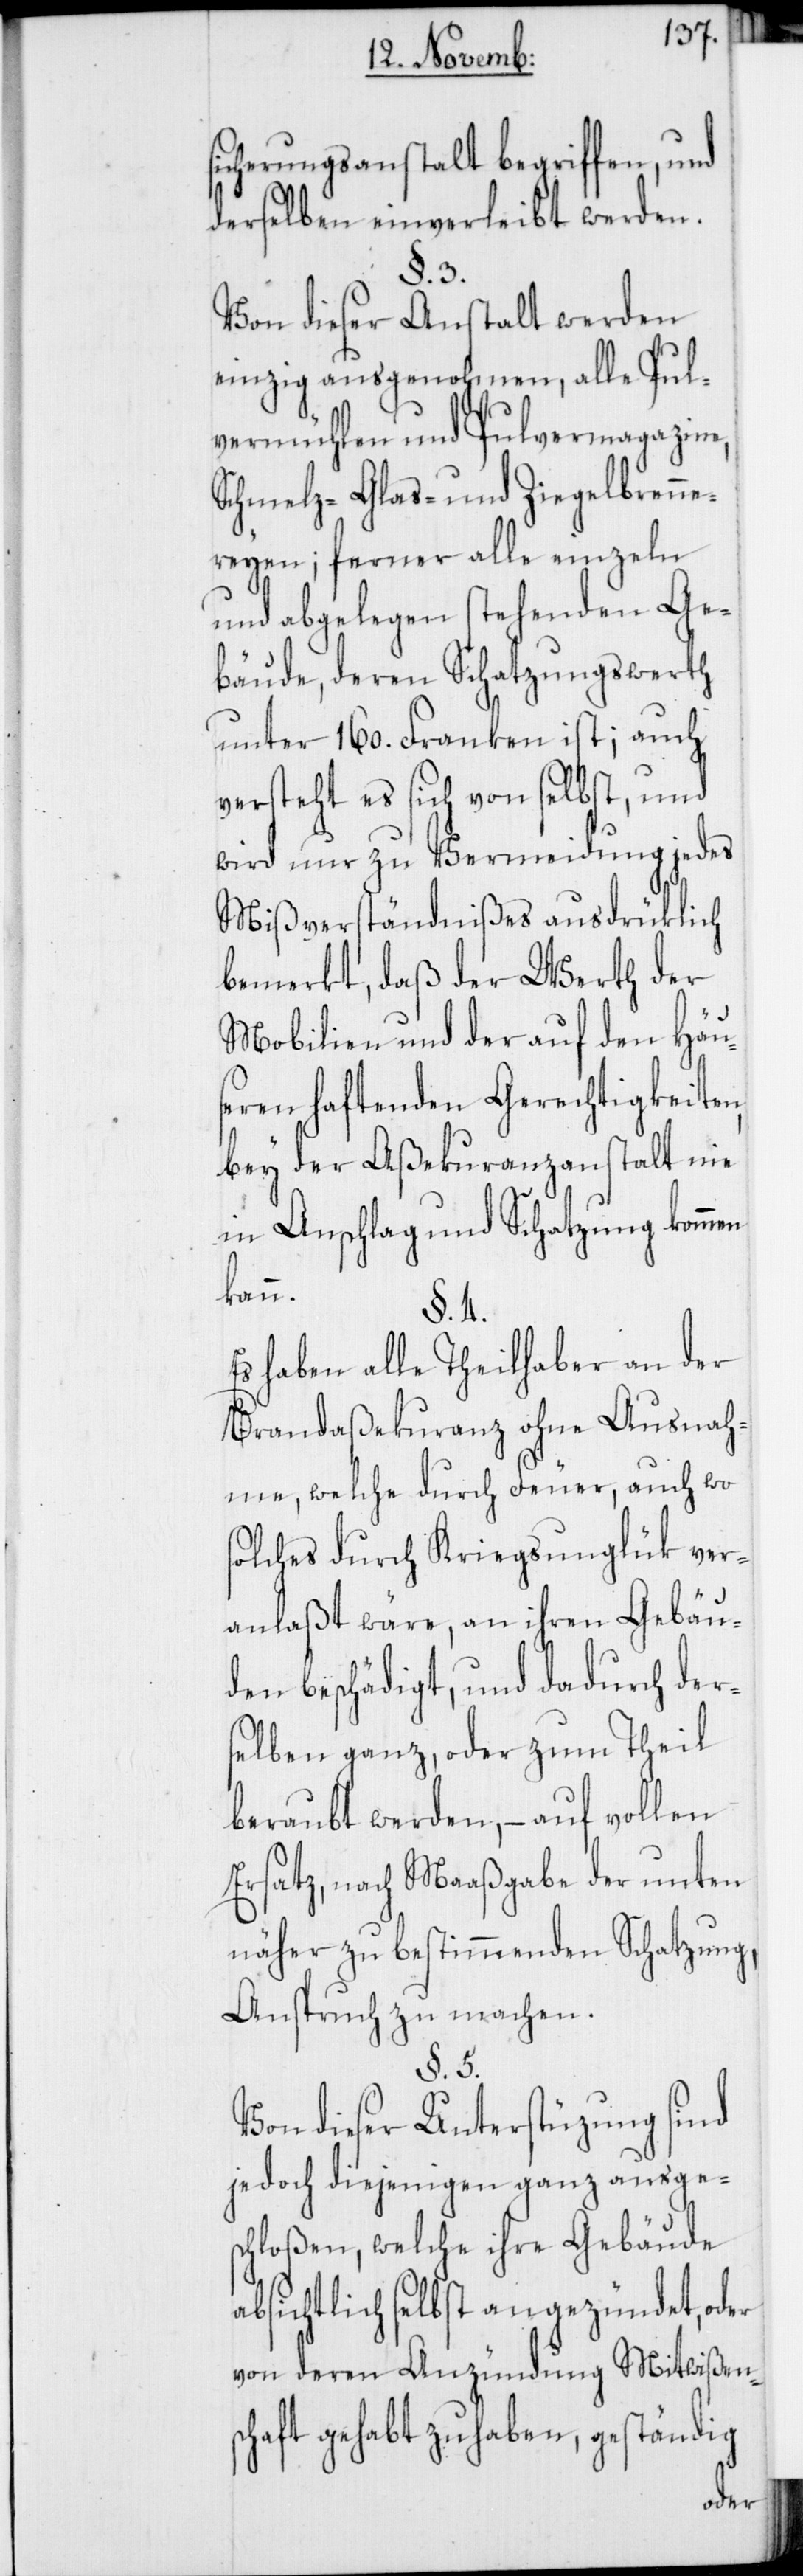
sicherungsanstalt begriffen, und
derselben einverleibt werden.
§. 3.
Von dieser Anstalt werden
einzig ausgenohmen, alle Pul¬
vermühlen und Pulvermagazine,
Schmelz-[,] Glas- und Ziegelbrenne¬
reyen; ferner alle einzeln
und abgelegen stehenden Ge¬
bäude, deren Schatzungswerth
unter 160. Franken ist; auch
versteht es sich von selbst, und
wird nur zu Vermeidung jedes
Mißverständnißes ausdrüklich
bemerkt, daß der Werth der
Mobilien und der auf den Häus¬
eren haftenden Gerechtigkeiten,
bey der Aßekuranzanstalt nie
in Anschlag und Schatzung kommen
kann.
§. 4.
Es haben alle Theilhaber an der
Brandaßekuranz ohne Ausnah¬
me, welche durch Feuer, auch wo
solches durch Kriegsunglük ver¬
anlaßt wäre, an ihren Gebäu¬
den beschädigt, und dadurch der¬
selben ganz, oder zum Theil
beraubt werden, – auf vollen
Ersatz, nach Maaßgabe der unten
näher zu bestimmenden Schatzung,
Anspruch zu machen.
§. 5.
Von dieser Unterstüzung sind
jedoch diejenigen ganz ausges¬
chloßen, welche ihre Gebäude
absichtlich selbst angezündet, oder
von deren Anzündung Mitwißens¬
chaft gehabt zu haben, geständig